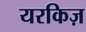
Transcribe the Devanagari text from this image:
यरकिज़